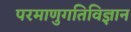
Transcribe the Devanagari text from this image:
परमाणुगतिविज्ञान